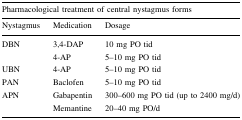
| <COLSPAN=3> Pharmacological treatment of central nystagmus forms |
 | Nystagmus | Medication | Dosage |
 | --- | --- | --- |
 | <ROWSPAN=2> DBN | 3,4-DAP | 10 mg PO tid |
 | 4-AP | 5–10 mg PO tid |
 | UBN | 4-AP | 5–10 mg PO tid |
 | PAN | Baclofen | 5–10 mg PO tid |
 | <ROWSPAN=2> APN | Gabapentin | 300–600 mg PO tid (up to 2400 mg/d) |
 | Memantine | 20–40 mg PO/d |